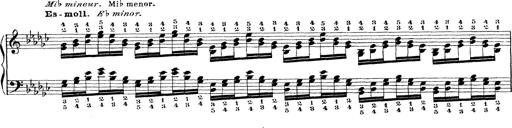
Title: Technische Studien
Composer: Franz Liszt